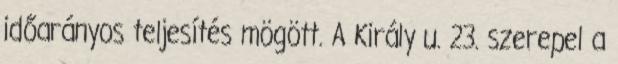
időarányos teljesítés mögött. A Király u. 23. szerepel a